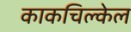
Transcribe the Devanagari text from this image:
काकचिल्केल